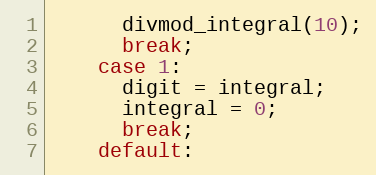
Language: C
      divmod_integral(10);
      break;
    case 1:
      digit = integral;
      integral = 0;
      break;
    default: